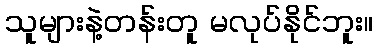
သူများနဲ့တန်းတူ မလုပ်နိုင်ဘူး။